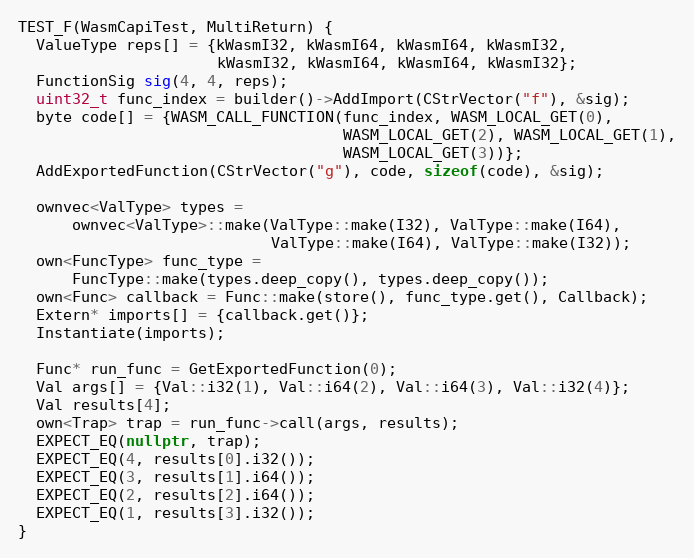
Language: C++
TEST_F(WasmCapiTest, MultiReturn) {
  ValueType reps[] = {kWasmI32, kWasmI64, kWasmI64, kWasmI32,
                      kWasmI32, kWasmI64, kWasmI64, kWasmI32};
  FunctionSig sig(4, 4, reps);
  uint32_t func_index = builder()->AddImport(CStrVector("f"), &sig);
  byte code[] = {WASM_CALL_FUNCTION(func_index, WASM_LOCAL_GET(0),
                                    WASM_LOCAL_GET(2), WASM_LOCAL_GET(1),
                                    WASM_LOCAL_GET(3))};
  AddExportedFunction(CStrVector("g"), code, sizeof(code), &sig);

  ownvec<ValType> types =
      ownvec<ValType>::make(ValType::make(I32), ValType::make(I64),
                            ValType::make(I64), ValType::make(I32));
  own<FuncType> func_type =
      FuncType::make(types.deep_copy(), types.deep_copy());
  own<Func> callback = Func::make(store(), func_type.get(), Callback);
  Extern* imports[] = {callback.get()};
  Instantiate(imports);

  Func* run_func = GetExportedFunction(0);
  Val args[] = {Val::i32(1), Val::i64(2), Val::i64(3), Val::i32(4)};
  Val results[4];
  own<Trap> trap = run_func->call(args, results);
  EXPECT_EQ(nullptr, trap);
  EXPECT_EQ(4, results[0].i32());
  EXPECT_EQ(3, results[1].i64());
  EXPECT_EQ(2, results[2].i64());
  EXPECT_EQ(1, results[3].i32());
}